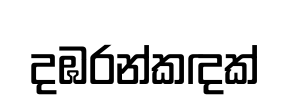
දඹරන්කඳක්